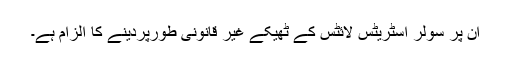
ان پر سولر اسٹریٹس لائٹس کے ٹھیکے غیر قانونی طورپردینے کا الزام ہے۔